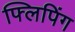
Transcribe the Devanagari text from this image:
फ्लिपिंग